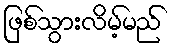
ဖြစ်သွားလိမ့်မည်